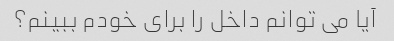
آیا می توانم داخل را برای خودم ببینم؟